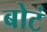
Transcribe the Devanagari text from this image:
बोटं